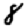
Digit: 8